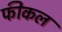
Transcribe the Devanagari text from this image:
फीकल